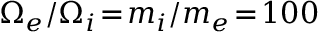
\Omega _ { e } / \Omega _ { i } \! = \! m _ { i } / m _ { e } \! = \! 1 0 0